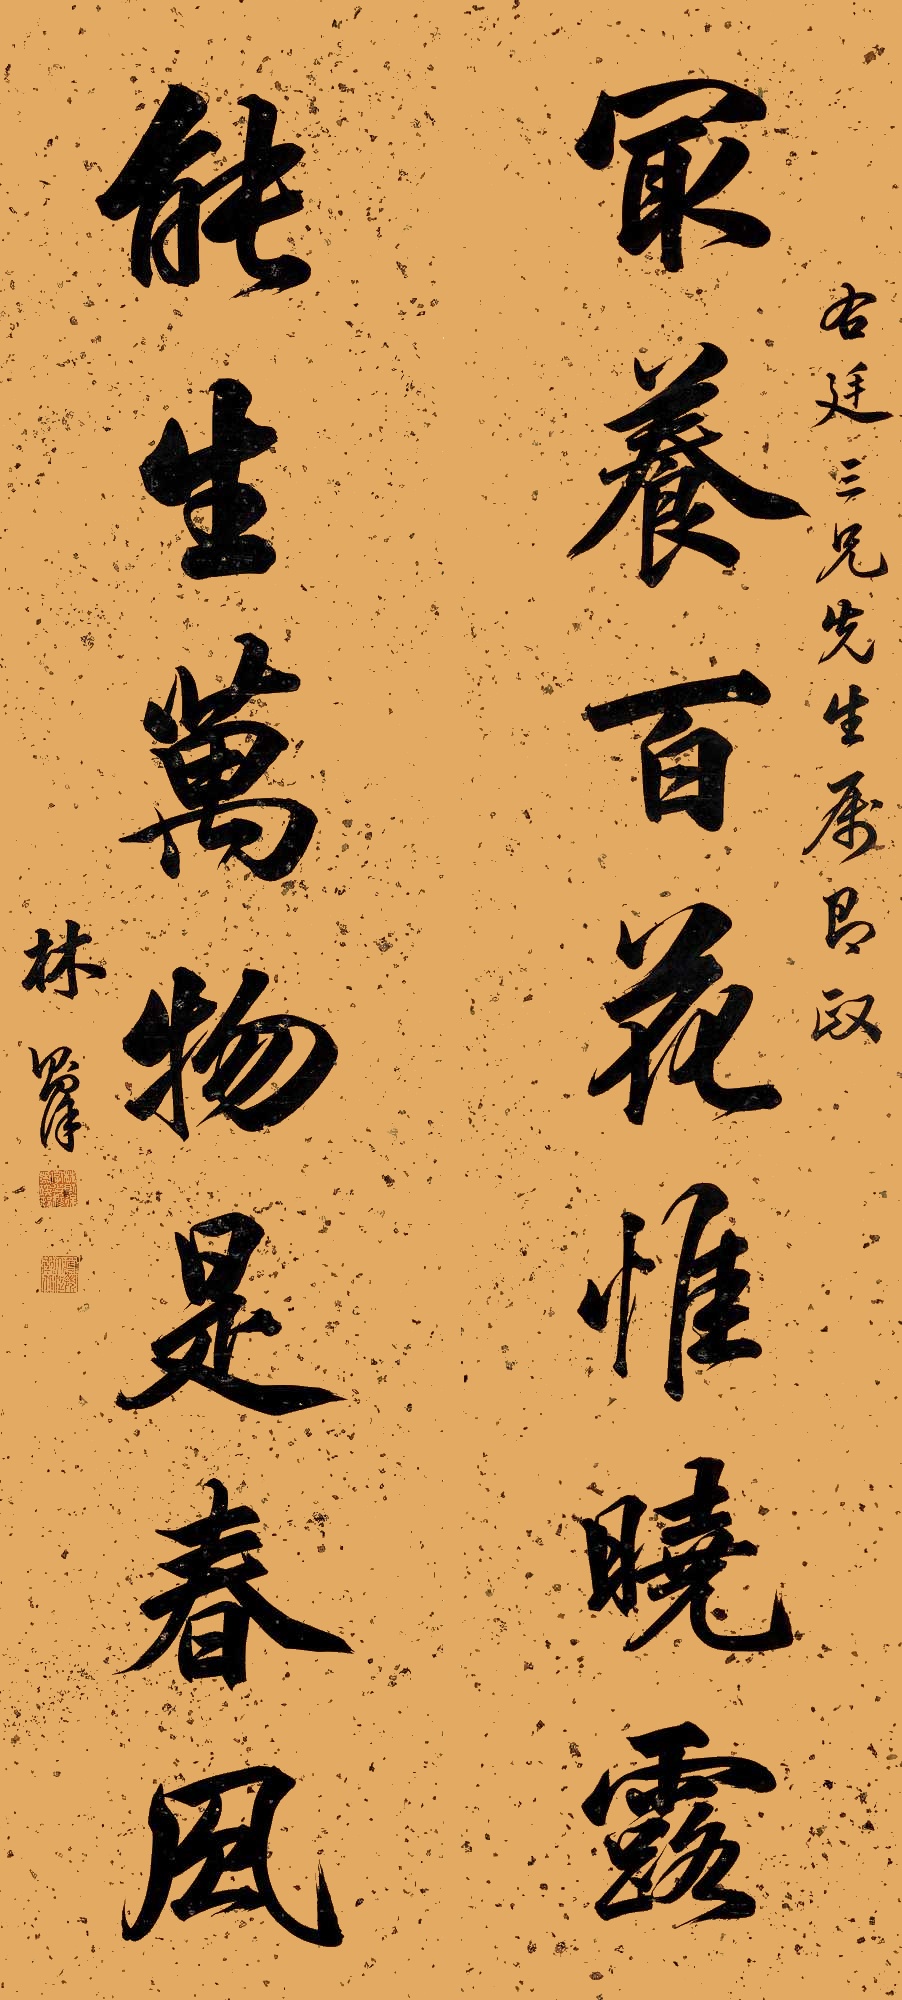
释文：最养百花惟晓露，能生万物是春风。右廷三兄先生属即政，林则徐。